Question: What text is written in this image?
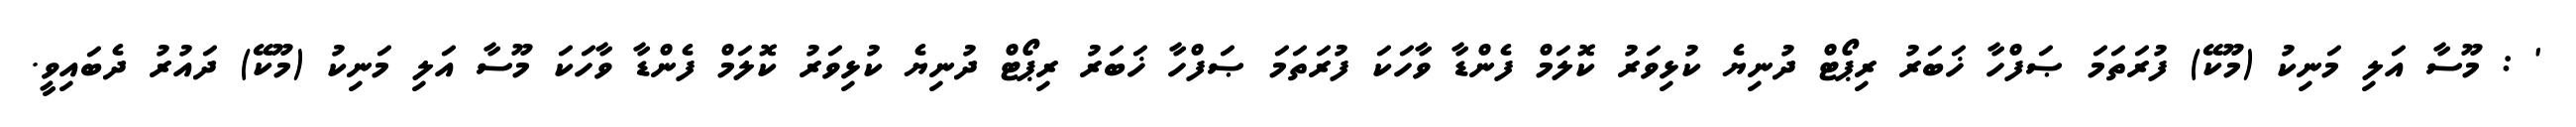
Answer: ' : މޫސާ އަލި މަނިކު (މޫކޭ) ފުރަތަމަ ޞަފްހާ ޚަބަރު ރިޕޯޓް ދުނިޔެ ކުޅިވަރު ކޮލަމް ފެންޑާ ވާހަކަ ފުރަތަމަ ޞަފްހާ ޚަބަރު ރިޕޯޓް ދުނިޔެ ކުޅިވަރު ކޮލަމް ފެންޑާ ވާހަކަ މޫސާ އަލި މަނިކު (މޫކޭ) ދައުރު ދެބައިވީ.